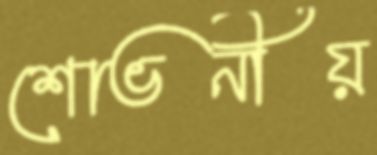
শোভনীয়